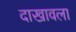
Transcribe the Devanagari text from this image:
दाखावला